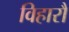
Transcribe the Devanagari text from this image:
विहारौं